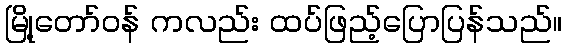
မြို့တော်ဝန် ကလည်း ထပ်ဖြည့်ပြောပြန်သည်။